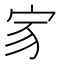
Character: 𡧘